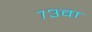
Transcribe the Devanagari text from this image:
७३वा